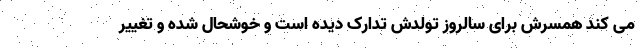
می کند همسرش برای سالروز تولدش تدارک دیده است و خوشحال شده و تغییر